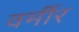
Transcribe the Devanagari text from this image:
वर्मीर